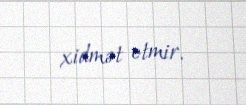
xidmət etmir.